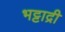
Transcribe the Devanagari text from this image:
भट्टाद्री